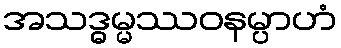
အသဒ္ဓမ္မဿဝနမ္ပာဟံ